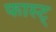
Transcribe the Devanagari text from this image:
फास्ट्